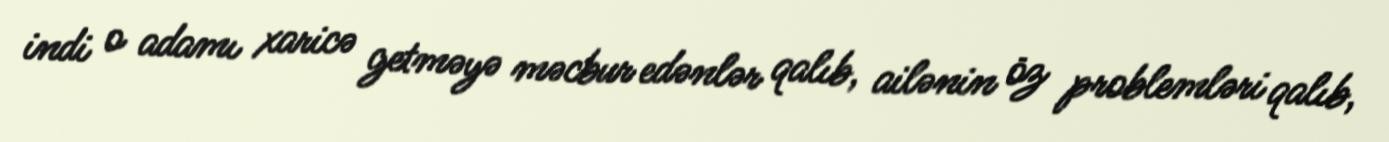
indi o adamı xaricə getməyə məcbur edənlər qalıb, ailənin öz problemləri qalıb,